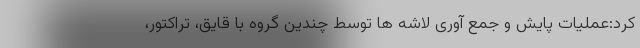
کرد:عملیات پایش و جمع آوری لاشه ها توسط چندین گروه با قایق، تراکتور،